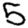
Digit: 5